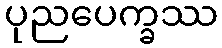
ပုညပေက္ခဿ